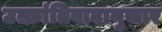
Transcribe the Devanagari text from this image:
उत्क्रांतिवादानुसार